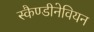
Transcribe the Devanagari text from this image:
स्कैण्डीनेवियन